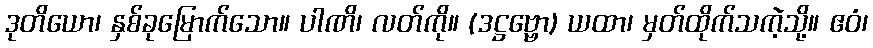
ဒုတိယော၊ နှစ်ခုမြောက်သော။ ပါဏိ၊ လတ်ကို။ (ဒဋ္ဌဗ္ဗော) ယထာ၊ မှတ်ထိုက်သကဲ့သို့။ ဧဝံ၊